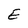
Character: E